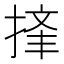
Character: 𪮉